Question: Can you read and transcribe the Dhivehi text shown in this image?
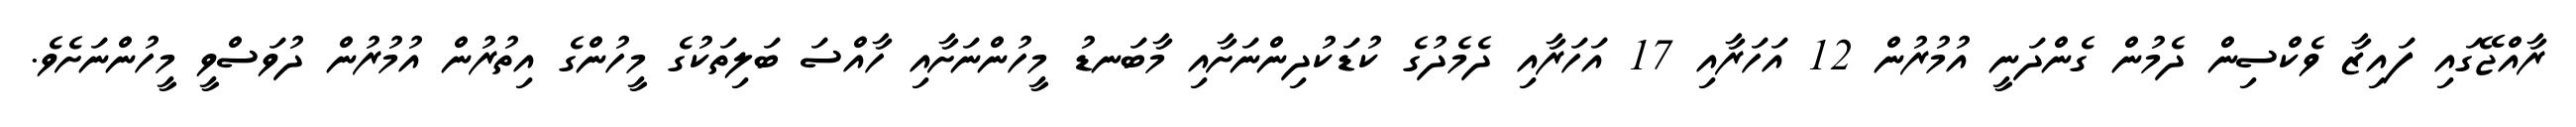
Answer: ރާއްޖޭގައި ފައިޒާ ވެކްސިން ދެމުން ގެންދަނީ އުމުރުން 12 އަހަރާއި 17 އަހަރާއި ދެމެދުގެ ކުޑަކުދިންނަށާއި މާބަނޑު މީހުންނަށާއި ހާއްސަ ބަލިތަކުގެ މީހުންގެ އިތުރުން އުމުރުން ދުވަސްވީ މީހުންނަށެވެ.